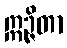
ဣဉ္ဇိတာ